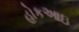
હોકઆઇ